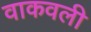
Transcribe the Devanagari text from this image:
वाकवली